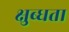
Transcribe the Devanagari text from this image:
क्षुब्धता